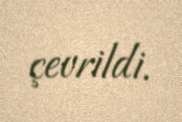
çevrildi.